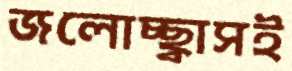
জলোচ্ছ্বাসই